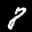
Label: 8